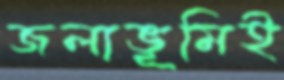
জলাভূমিই